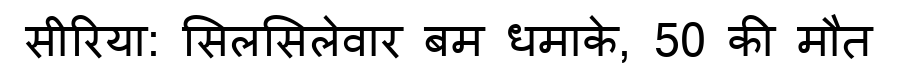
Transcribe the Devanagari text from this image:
सीरिया: सिलसिलेवार बम धमाके, 50 की मौत